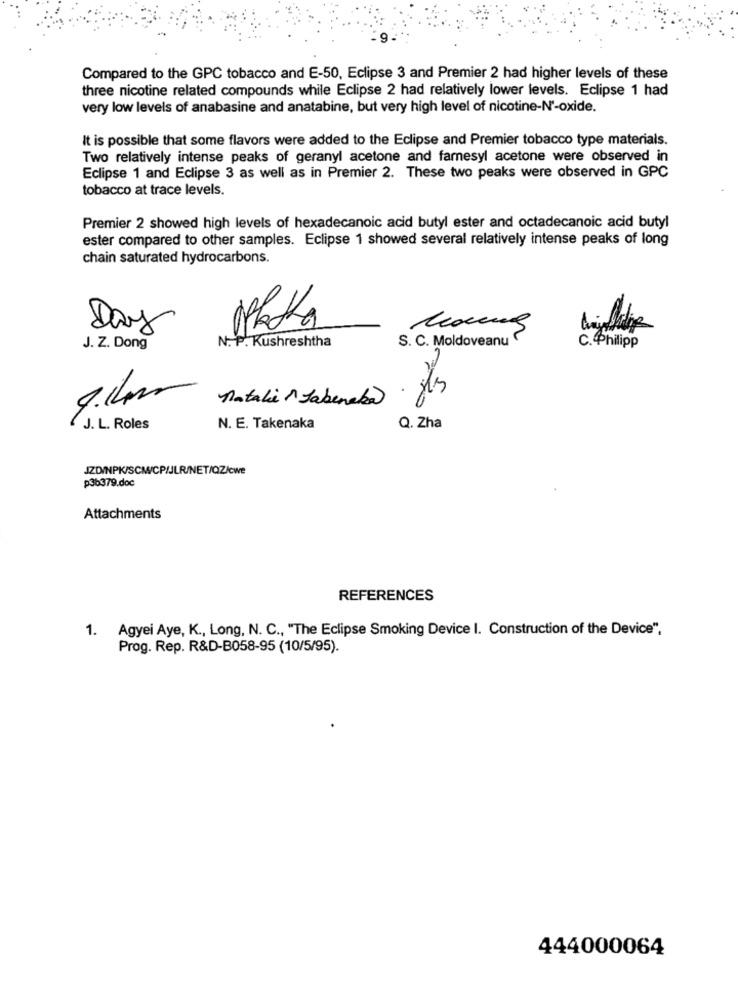
Compared to the GPC tobacco and E-50, Eclipse 3 and Premier 2 had higher levels of these
three nicotine related compounds while Eclipse 2 had relatively lower levels. Eclipse 1 had
very low levels of anabasine and anatabine, but very high level of nicotine-N'-oxide.
It is possible that some flavors were added to the Eclipse and Premier tobacco type materials.
Two relatively intense peaks of geranyl acetone and farnesyl acetone were observed in
Eclipse 1 and Eclipse 3 as well as in Premier 2. These two peaks were observed in GPC
tobacco at trace levels.
Premier 2 showed high levels of hexadecanoic acid butyl ester and octadecanoic acid butyl
ester compared to other samples. Eclipse 1 showed several relatively intense peaks of long
chain saturated hydrocarbons.
Day
N. P. Kushreshtha
S. C. Moldoveanu
J. Z. Dong
C.Philipp
Natalia " Jabeneka
230
J. L. Roles
N. E. Takenaka
Q. Zha
JZD/NPK/SCW/CPIJLR/NET/QZ/cwe
p36379.doc
Attachments
REFERENCES
Agyei Aye, K ., Long, N. C ., "The Eclipse Smoking Device I. Construction of the Device",
1.
Prog. Rep. R&D-B058-95 (10/5/95).
444000064